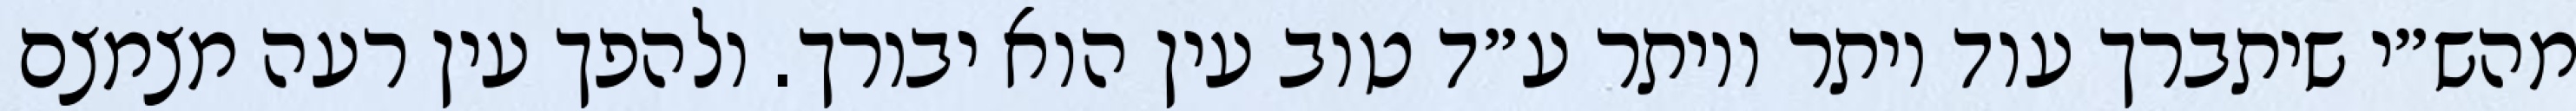
מהש״י שיתברך עוד יותר ויותר ע״ד טוב עין הוא יבורך. ולהפך עין רעה מצמצם